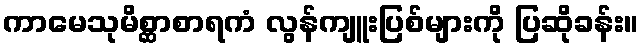
ကာမေသုမိစ္ဆာစာရကံ လွန်ကျူးပြစ်များကို ပြဆိုခန်း။